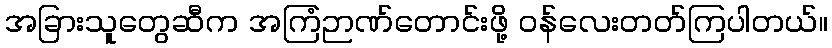
အခြားသူတွေဆီက အကြံဉာဏ်တောင်းဖို့ ဝန်လေးတတ်ကြပါတယ်။